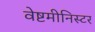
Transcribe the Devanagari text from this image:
वेष्टमीनिस्टर